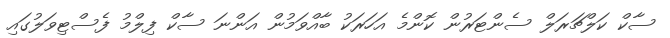
ސާކް ކަލްޗަރަލް ސެންޓަރުން ކޮންމެ އަހަރަކު ބާއްވަމުން އަންނަ ސާކް ފިލްމު ފެސްޓިވަލުގައި